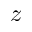
z